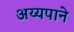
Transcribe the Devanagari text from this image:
अय्यपाने